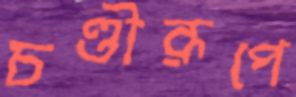
চণ্ডীরূপে